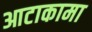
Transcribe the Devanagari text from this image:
आटाकामा